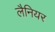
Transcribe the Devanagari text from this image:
लैनियर